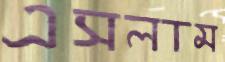
এসলাম